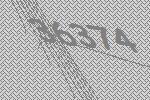
36374